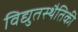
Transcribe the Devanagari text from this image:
विद्युतस्थैतिकी